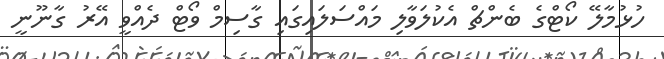
ހުޅުމާލޭ ކޯޓްގެ ބެންޗް އެކުލަވާލި މައްސަލައިގައި ގާސިމް ވޯޓް ދެއްވީ އޭރު ގާނޫނީ